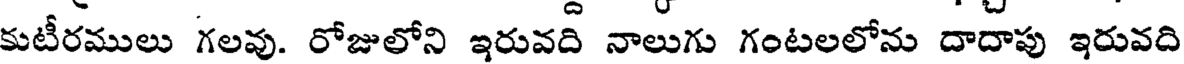
కుటీరములు గలవు. రోజులోని ఇరువది నాలుగు గంటలలోను దాదాపు ఇరువది